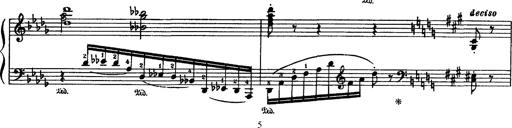
Title: Fantaisie sur des motifs favoris de l'opÃ©ra 'La sonnambula'
Composer: Franz Liszt